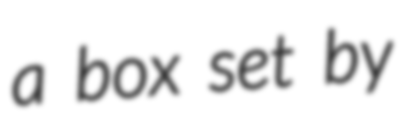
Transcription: a box set by